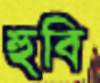
হুবি